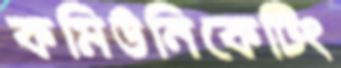
কমিউনিকেটিং